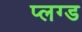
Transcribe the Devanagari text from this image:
प्लग्ड